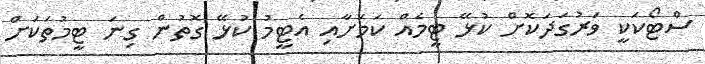
ސްޓޯކަކީ ވަރުގަދަކޮށް ކުޅޭ ޓީމެއް ކަމަށާއި އެޓީމު ކުޅޭ ގޮތުން ގިނަ ޓީމުތަކަށް